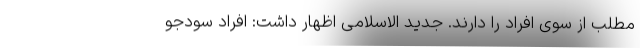
مطلب از سوی افراد را دارند. جدید الاسلامی اظهار داشت: افراد سودجو